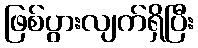
ဖြစ်ပွားလျက်ရှိပြီး